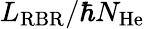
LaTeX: L_{\mathrm{RBR}}/\hbar N_{\mathrm{He}}